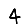
Digit: 4